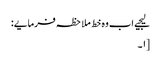
لیجیے اب وہ خط ملاحظہ فرمایے:
[۱۔